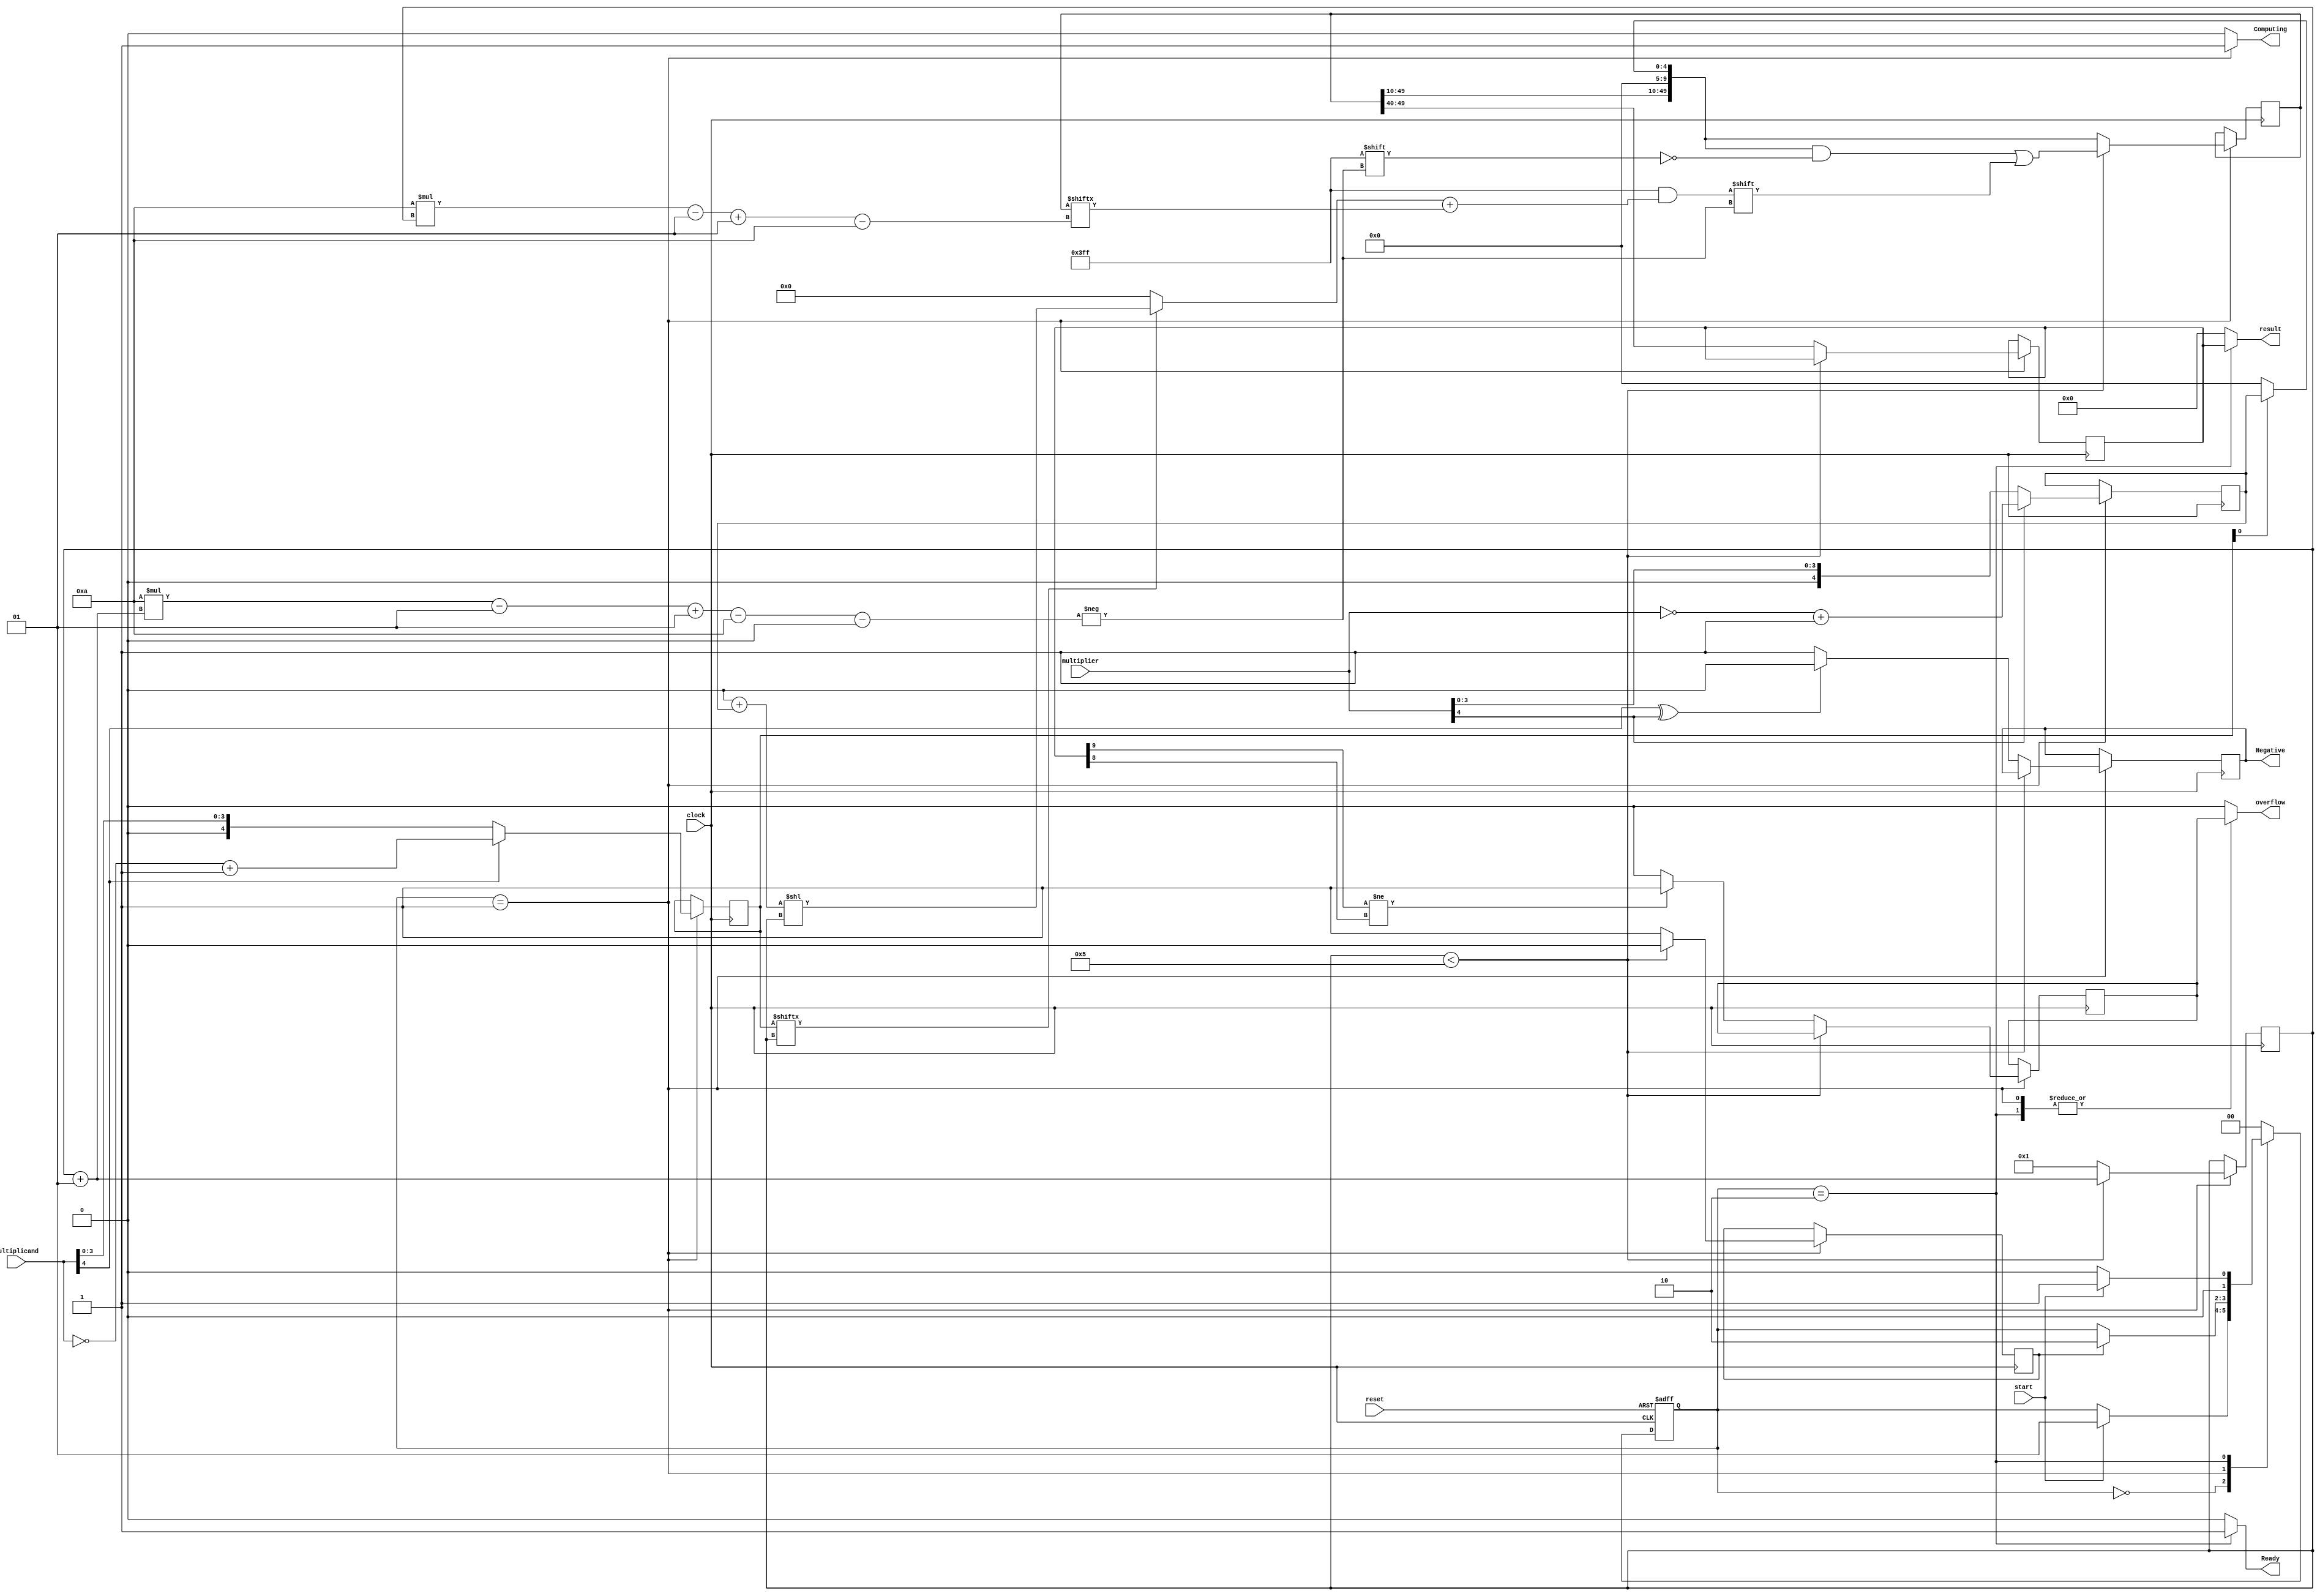
module FSM_SecuentialMultiplier #(parameter LENGTH = 5)(
    input clock, reset, start,
    input [LENGTH-1:0]multiplicand,multiplier,
    //input readyResult,
    output reg [LENGTH*2-1:0] result,
	 output reg Computing, Ready, Negative, overflow
);

localparam IDLE = 2'b00;
localparam COMPUTING = 2'b01;
localparam READY = 2'b10;

reg [1:0]FSM_state;
reg readyResult_temp;
reg [LENGTH*2-1:0]Result_temp;
reg [LENGTH-1:0]multiplicand_temp,multiplier_temp;
reg [LENGTH*LENGTH*2-1:0] partials;
reg Negative_temp;
reg overflow_temp;
integer i;

always @(posedge clock, posedge reset) 
begin
    if (reset)
		begin
        FSM_state <= IDLE;
//		  result <= {LENGTH*2-1{1'b0}};
		end
    else 
        case (FSM_state)
            IDLE:
                    if (start) 
                        FSM_state <= COMPUTING;
            COMPUTING:
                    if (readyResult_temp)
                        FSM_state <= READY;
            READY:
                    if (start)
                        FSM_state <= COMPUTING;
                    else
                        FSM_state <= IDLE;
            default: FSM_state <= IDLE;
        endcase
end


always @(FSM_state) 
begin
    case (FSM_state)
        IDLE:
            begin
              result <= {LENGTH*2-1{1'b0}};
				  Computing <= 1'b0;
				  Ready <= 1'b0;
                  overflow <= 1'b0;
            end

        COMPUTING:
				begin
              result <= {LENGTH*2-1{1'b0}};
                //Mult_Comb_Reg #(.LENGTH(LENGTH)) Mult(.a(multiplicand), .b(multiplier), .y(Result_temp), .start(start), .reset(reset), .clock(clock), .Negative(Negative), .finish(readyResult_temp));
					 Computing <= 1'b1;
					 Ready <= 1'b0;
                     overflow <= overflow_temp;
            end

        READY:
            begin
                result <= Result_temp;
					 Computing <= 1'b0;
					 Ready <= 1'b1;
                     overflow <= overflow_temp;
            end

        default:
            begin
              result <= {LENGTH*2-1{1'b0}};
				  Computing <= 1'b0;
				  Ready <= 1'b0;
                  overflow <= 1'b0;
            end
    endcase
end

always@(posedge clock)
begin
	if (FSM_state == COMPUTING)
	  begin
		multiplicand_temp <= multiplicand[LENGTH-1] ? ~multiplicand + 1'b1 : multiplicand;
		multiplier_temp <= multiplier[LENGTH-1] ? ~multiplier + 1'b1 : multiplier;
		partials[LENGTH*2-1:0] <= multiplicand_temp[0] ? multiplier_temp : {LENGTH{1'b0}};
		if (i < LENGTH)
			begin
				partials[LENGTH*2*(i+1)-1-:LENGTH*2] <= (multiplicand_temp[i] ? (({LENGTH*2{1'b0}} + multiplier_temp ) << i) : 0) + partials[LENGTH*2*i-1-:LENGTH*2];
				i = i+1;
				readyResult_temp = 1'b0;
			end
		else
			begin
				Result_temp <= partials[LENGTH*LENGTH*2-1:LENGTH*(LENGTH-1)*2];
				Negative <= multiplicand[LENGTH-1] ^ multiplier[LENGTH-1] ? 0 : 1;
				i = 1;
				readyResult_temp = 1'b1;
                if (Result_temp[LENGTH*2-1] != Result_temp[LENGTH*2-2])
                    overflow_temp <= 1'b1;
                else
                    overflow_temp <= 1'b0;
			end
		//Mult_Comb_Reg #(.LENGTH(LENGTH)) Mult(.a(multiplicand), .b(multiplier), .y(Result_temp), .start(start), .reset(reset), .clock(clock), .Negative(Negative), .finish(readyResult_temp));
		end
end

endmodule